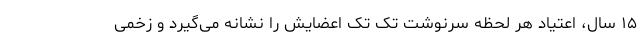
۱۵ سال، اعتیاد هر لحظه سرنوشت تک تک اعضایش را نشانه می‌گیرد و زخمی